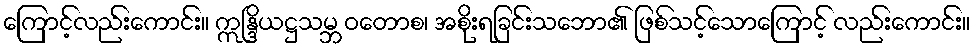
ကြောင့်လည်းကောင်း။ ဣန္ဒြိယဋ္ဌသမ္ဘ ဝတောစ၊ အစိုးရခြင်းသဘော၏ ဖြစ်သင့်သောကြောင့် လည်းကောင်း။